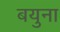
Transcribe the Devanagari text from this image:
बयुना